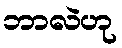
ဘာလဲဟု